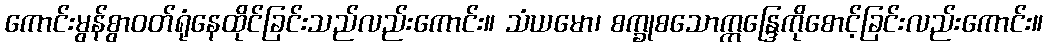
ကောင်းမွန်စွာဝတ်ရုံနေထိုင်ခြင်းသည်လည်းကောင်း။ သံယမော၊ စက္ခုစသောဣန္ဒြေကိုစောင့်ခြင်းလည်းကောင်း။